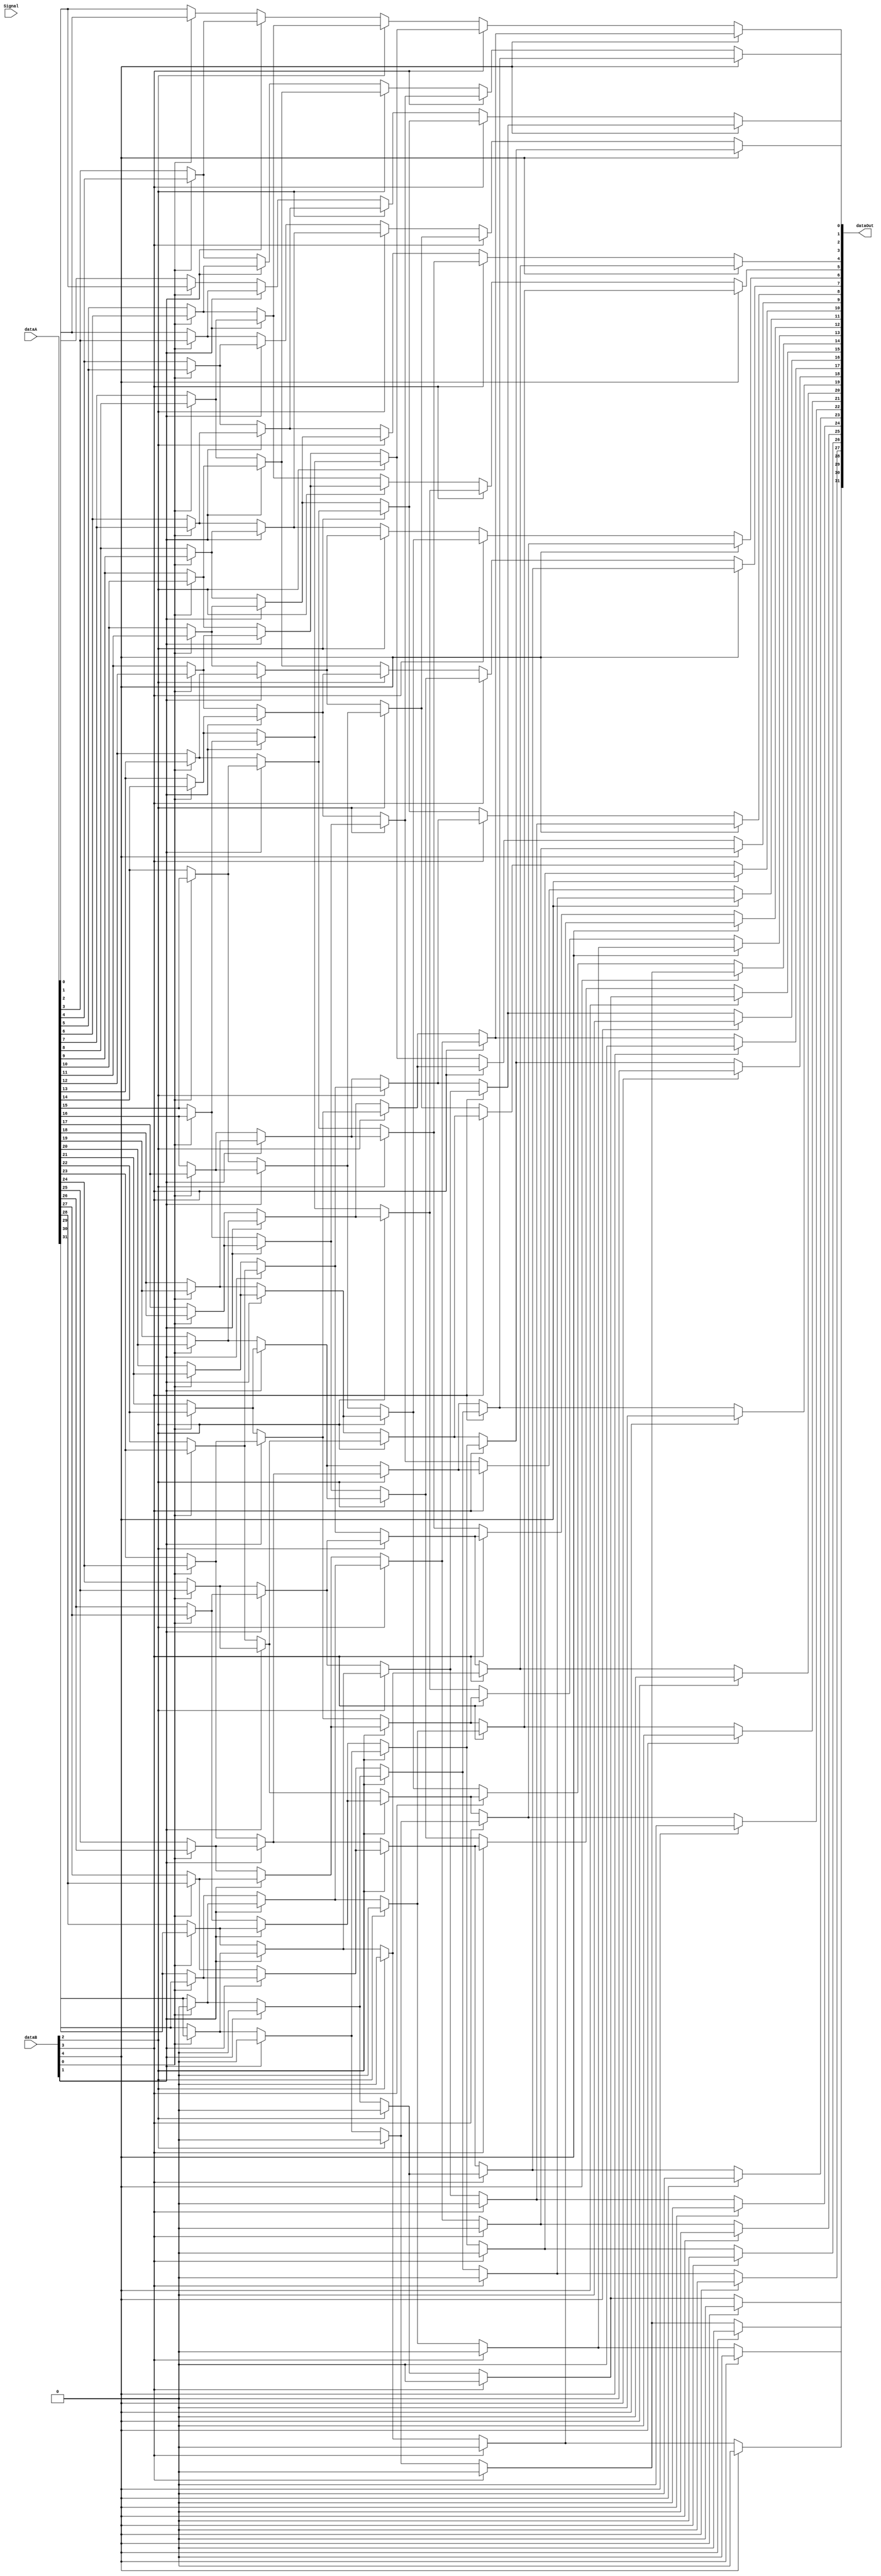

module Shifter( dataA, dataB, Signal, dataOut );
input [31:0] dataA ;
input [31:0] dataB ;
input [5:0] Signal ;
output [31:0] dataOut ;

wire [31:0] temp1 ;
wire [31:0] temp2 ;
wire [31:0] temp3 ;
wire [31:0] temp4 ;
wire [31:0] temp5 ;

parameter SRL = 6'b000010;

/*assign temp1 = ( reset == 1'b1 )?32'd0:
		temp1;
assign temp2 = ( reset == 1'b1 )?32'd0:
		temp2;
assign temp3 = ( reset == 1'b1 )?32'd0:
		temp3;
assign temp4 = ( reset == 1'b1 )?32'd0:
		temp4;
assign temp5 = ( reset == 1'b1 )?32'd0:
		temp5;
		*/
		
assign temp1[0] = (dataB[0]==1)?dataA[1]:dataA[0];
assign temp1[1] = (dataB[0]==1)?dataA[2]:dataA[1];
assign temp1[2] = (dataB[0]==1)?dataA[3]:dataA[2];
assign temp1[3] = (dataB[0]==1)?dataA[4]:dataA[3];
assign temp1[4] = (dataB[0]==1)?dataA[5]:dataA[4];
assign temp1[5] = (dataB[0]==1)?dataA[6]:dataA[5];
assign temp1[6] = (dataB[0]==1)?dataA[7]:dataA[6];
assign temp1[7] = (dataB[0]==1)?dataA[8]:dataA[7];
assign temp1[8] = (dataB[0]==1)?dataA[9]:dataA[8];
assign temp1[9] = (dataB[0]==1)?dataA[10]:dataA[9];
assign temp1[10] = (dataB[0]==1)?dataA[11]:dataA[10];
assign temp1[11] = (dataB[0]==1)?dataA[12]:dataA[11];
assign temp1[12] = (dataB[0]==1)?dataA[13]:dataA[12];
assign temp1[13] = (dataB[0]==1)?dataA[14]:dataA[13];
assign temp1[14] = (dataB[0]==1)?dataA[15]:dataA[14];
assign temp1[15] = (dataB[0]==1)?dataA[16]:dataA[15];
assign temp1[16] = (dataB[0]==1)?dataA[17]:dataA[16];
assign temp1[17] = (dataB[0]==1)?dataA[18]:dataA[17];
assign temp1[18] = (dataB[0]==1)?dataA[19]:dataA[18];
assign temp1[19] = (dataB[0]==1)?dataA[20]:dataA[19];
assign temp1[20] = (dataB[0]==1)?dataA[21]:dataA[20];
assign temp1[21] = (dataB[0]==1)?dataA[22]:dataA[21];		
assign temp1[22] = (dataB[0]==1)?dataA[23]:dataA[22];
assign temp1[23] = (dataB[0]==1)?dataA[24]:dataA[23];
assign temp1[24] = (dataB[0]==1)?dataA[25]:dataA[24];
assign temp1[25] = (dataB[0]==1)?dataA[26]:dataA[25];
assign temp1[26] = (dataB[0]==1)?dataA[27]:dataA[26];
assign temp1[27] = (dataB[0]==1)?dataA[28]:dataA[27];
assign temp1[28] = (dataB[0]==1)?dataA[29]:dataA[28];
assign temp1[29] = (dataB[0]==1)?dataA[30]:dataA[29];
assign temp1[30] = (dataB[0]==1)?dataA[31]:dataA[30];
assign temp1[31] = (dataB[0]==1)?1'b0:dataA[31];

assign temp2[0] = (dataB[1]==1)?temp1[2]:temp1[0];
assign temp2[1] = (dataB[1]==1)?temp1[3]:temp1[1];
assign temp2[2] = (dataB[1]==1)?temp1[4]:temp1[2];
assign temp2[3] = (dataB[1]==1)?temp1[5]:temp1[3];
assign temp2[4] = (dataB[1]==1)?temp1[6]:temp1[4];
assign temp2[5] = (dataB[1]==1)?temp1[7]:temp1[5];
assign temp2[6] = (dataB[1]==1)?temp1[8]:temp1[6];
assign temp2[7] = (dataB[1]==1)?temp1[9]:temp1[7];
assign temp2[8] = (dataB[1]==1)?temp1[10]:temp1[8];
assign temp2[9] = (dataB[1]==1)?temp1[11]:temp1[9];
assign temp2[10] = (dataB[1]==1)?temp1[12]:temp1[10];
assign temp2[11] = (dataB[1]==1)?temp1[13]:temp1[11];
assign temp2[12] = (dataB[1]==1)?temp1[14]:temp1[12];
assign temp2[13] = (dataB[1]==1)?temp1[15]:temp1[13];
assign temp2[14] = (dataB[1]==1)?temp1[16]:temp1[14];
assign temp2[15] = (dataB[1]==1)?temp1[17]:temp1[15];
assign temp2[16] = (dataB[1]==1)?temp1[18]:temp1[16];
assign temp2[17] = (dataB[1]==1)?temp1[19]:temp1[17];
assign temp2[18] = (dataB[1]==1)?temp1[20]:temp1[18];
assign temp2[19] = (dataB[1]==1)?temp1[21]:temp1[19];
assign temp2[20] = (dataB[1]==1)?temp1[22]:temp1[20];
assign temp2[21] = (dataB[1]==1)?temp1[23]:temp1[21];		
assign temp2[22] = (dataB[1]==1)?temp1[24]:temp1[22];
assign temp2[23] = (dataB[1]==1)?temp1[25]:temp1[23];
assign temp2[24] = (dataB[1]==1)?temp1[26]:temp1[24];
assign temp2[25] = (dataB[1]==1)?temp1[27]:temp1[25];
assign temp2[26] = (dataB[1]==1)?temp1[28]:temp1[26];
assign temp2[27] = (dataB[1]==1)?temp1[29]:temp1[27];
assign temp2[28] = (dataB[1]==1)?temp1[30]:temp1[28];
assign temp2[29] = (dataB[1]==1)?temp1[31]:temp1[29];
assign temp2[30] = (dataB[1]==1)?1'b0:temp1[30];
assign temp2[31] = (dataB[1]==1)?1'b0:temp1[31];

assign temp3[0] = (dataB[2]==1)?temp2[4]:temp2[0];
assign temp3[1] = (dataB[2]==1)?temp2[5]:temp2[1];
assign temp3[2] = (dataB[2]==1)?temp2[6]:temp2[2];
assign temp3[3] = (dataB[2]==1)?temp2[7]:temp2[3];
assign temp3[4] = (dataB[2]==1)?temp2[8]:temp2[4];
assign temp3[5] = (dataB[2]==1)?temp2[9]:temp2[5];
assign temp3[6] = (dataB[2]==1)?temp2[10]:temp2[6];
assign temp3[7] = (dataB[2]==1)?temp2[11]:temp2[7];
assign temp3[8] = (dataB[2]==1)?temp2[12]:temp2[8];
assign temp3[9] = (dataB[2]==1)?temp2[13]:temp2[9];
assign temp3[10] = (dataB[2]==1)?temp2[14]:temp2[10];
assign temp3[11] = (dataB[2]==1)?temp2[15]:temp2[11];
assign temp3[12] = (dataB[2]==1)?temp2[16]:temp2[12];
assign temp3[13] = (dataB[2]==1)?temp2[17]:temp2[13];
assign temp3[14] = (dataB[2]==1)?temp2[18]:temp2[14];
assign temp3[15] = (dataB[2]==1)?temp2[19]:temp2[15];
assign temp3[16] = (dataB[2]==1)?temp2[20]:temp2[16];
assign temp3[17] = (dataB[2]==1)?temp2[21]:temp2[17];
assign temp3[18] = (dataB[2]==1)?temp2[22]:temp2[18];
assign temp3[19] = (dataB[2]==1)?temp2[23]:temp2[19];
assign temp3[20] = (dataB[2]==1)?temp2[24]:temp2[20];
assign temp3[21] = (dataB[2]==1)?temp2[25]:temp2[21];		
assign temp3[22] = (dataB[2]==1)?temp2[26]:temp2[22];
assign temp3[23] = (dataB[2]==1)?temp2[27]:temp2[23];
assign temp3[24] = (dataB[2]==1)?temp2[28]:temp2[24];
assign temp3[25] = (dataB[2]==1)?temp2[29]:temp2[25];
assign temp3[26] = (dataB[2]==1)?temp2[30]:temp2[26];
assign temp3[27] = (dataB[2]==1)?temp2[31]:temp2[27];
assign temp3[28] = (dataB[2]==1)?1'b0:temp2[28];
assign temp3[29] = (dataB[2]==1)?1'b0:temp2[29];
assign temp3[30] = (dataB[2]==1)?1'b0:temp2[30];
assign temp3[31] = (dataB[2]==1)?1'b0:temp2[31];

assign temp4[0] = (dataB[3]==1)?temp3[8]:temp3[0];
assign temp4[1] = (dataB[3]==1)?temp3[9]:temp3[1];
assign temp4[2] = (dataB[3]==1)?temp3[10]:temp3[2];
assign temp4[3] = (dataB[3]==1)?temp3[11]:temp3[3];
assign temp4[4] = (dataB[3]==1)?temp3[12]:temp3[4];
assign temp4[5] = (dataB[3]==1)?temp3[13]:temp3[5];
assign temp4[6] = (dataB[3]==1)?temp3[14]:temp3[6];
assign temp4[7] = (dataB[3]==1)?temp3[15]:temp3[7];
assign temp4[8] = (dataB[3]==1)?temp3[16]:temp3[8];
assign temp4[9] = (dataB[3]==1)?temp3[17]:temp3[9];
assign temp4[10] = (dataB[3]==1)?temp3[18]:temp3[10];
assign temp4[11] = (dataB[3]==1)?temp3[19]:temp3[11];
assign temp4[12] = (dataB[3]==1)?temp3[20]:temp3[12];
assign temp4[13] = (dataB[3]==1)?temp3[21]:temp3[13];
assign temp4[14] = (dataB[3]==1)?temp3[22]:temp3[14];
assign temp4[15] = (dataB[3]==1)?temp3[23]:temp3[15];
assign temp4[16] = (dataB[3]==1)?temp3[24]:temp3[16];
assign temp4[17] = (dataB[3]==1)?temp3[25]:temp3[17];
assign temp4[18] = (dataB[3]==1)?temp3[26]:temp3[18];
assign temp4[19] = (dataB[3]==1)?temp3[27]:temp3[19];
assign temp4[20] = (dataB[3]==1)?temp3[28]:temp3[20];
assign temp4[21] = (dataB[3]==1)?temp3[29]:temp3[21];		
assign temp4[22] = (dataB[3]==1)?temp3[30]:temp3[22];
assign temp4[23] = (dataB[3]==1)?temp3[31]:temp3[23];
assign temp4[24] = (dataB[3]==1)?1'b0:temp3[24];
assign temp4[25] = (dataB[3]==1)?1'b0:temp3[25];
assign temp4[26] = (dataB[3]==1)?1'b0:temp3[26];
assign temp4[27] = (dataB[3]==1)?1'b0:temp3[27];
assign temp4[28] = (dataB[3]==1)?1'b0:temp3[28];
assign temp4[29] = (dataB[3]==1)?1'b0:temp3[29];
assign temp4[30] = (dataB[3]==1)?1'b0:temp3[30];
assign temp4[31] = (dataB[3]==1)?1'b0:temp3[31];

assign temp5[0] = (dataB[4]==1)?temp4[16]:temp4[0];
assign temp5[1] = (dataB[4]==1)?temp4[17]:temp4[1];
assign temp5[2] = (dataB[4]==1)?temp4[18]:temp4[2];
assign temp5[3] = (dataB[4]==1)?temp4[19]:temp4[3];
assign temp5[4] = (dataB[4]==1)?temp4[20]:temp4[4];
assign temp5[5] = (dataB[4]==1)?temp4[21]:temp4[5];
assign temp5[6] = (dataB[4]==1)?temp4[22]:temp4[6];
assign temp5[7] = (dataB[4]==1)?temp4[23]:temp4[7];
assign temp5[8] = (dataB[4]==1)?temp4[24]:temp4[8];
assign temp5[9] = (dataB[4]==1)?temp4[25]:temp4[9];
assign temp5[10] = (dataB[4]==1)?temp4[26]:temp4[10];
assign temp5[11] = (dataB[4]==1)?temp4[27]:temp4[11];
assign temp5[12] = (dataB[4]==1)?temp4[28]:temp4[12];
assign temp5[13] = (dataB[4]==1)?temp4[29]:temp4[13];
assign temp5[14] = (dataB[4]==1)?temp4[30]:temp4[14];
assign temp5[15] = (dataB[4]==1)?temp4[31]:temp4[15];
assign temp5[16] = (dataB[4]==1)?1'b0:temp4[16];
assign temp5[17] = (dataB[4]==1)?1'b0:temp4[17];
assign temp5[18] = (dataB[4]==1)?1'b0:temp4[18];
assign temp5[19] = (dataB[4]==1)?1'b0:temp4[19];
assign temp5[20] = (dataB[4]==1)?1'b0:temp4[20];
assign temp5[21] = (dataB[4]==1)?1'b0:temp4[21];		
assign temp5[22] = (dataB[4]==1)?1'b0:temp4[22];
assign temp5[23] = (dataB[4]==1)?1'b0:temp4[23];
assign temp5[24] = (dataB[4]==1)?1'b0:temp4[24];
assign temp5[25] = (dataB[4]==1)?1'b0:temp4[25];
assign temp5[26] = (dataB[4]==1)?1'b0:temp4[26];
assign temp5[27] = (dataB[4]==1)?1'b0:temp4[27];
assign temp5[28] = (dataB[4]==1)?1'b0:temp4[28];
assign temp5[29] = (dataB[4]==1)?1'b0:temp4[29];
assign temp5[30] = (dataB[4]==1)?1'b0:temp4[30];
assign temp5[31] = (dataB[4]==1)?1'b0:temp4[31];

assign dataOut = temp5 ;


endmodule